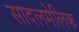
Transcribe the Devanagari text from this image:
सादलमेलिक